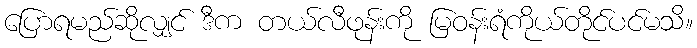
ပြောရမည်ဆိုလျှင် ဒီက တယ်လီဖုန်းကို မြဝန်းရံကိုယ်တိုင်ပင်မသိ။